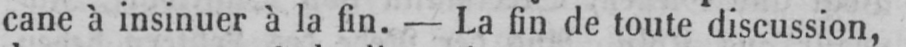
cane à insinuer à la fin. - La fin de toute discussion,